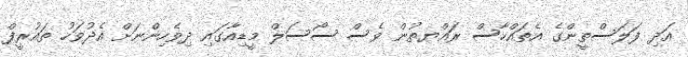
އަދި ފަލަސްތީންގެ އެތައްހާސް ރައްޔތުން ވެސް ސޯސަލް މީޑިއާގައި ދިވެހިންނަށް އެދުވަހު ތައުރީފް